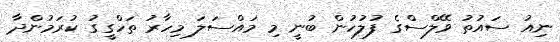
ނިއު ސައުތު ވޭލްސްގެ ފުލުހުން ބުނީ މި މައްސަލަ މިހާރު ތަހްގީގު ކުރަމުންދާ